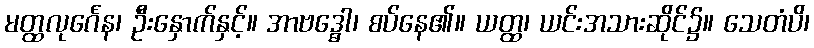
မတ္ထလုင်္ဂေန၊ ဦးနှောက်နှင့်။ အာဗဒ္ဓေါ၊ စပ်နေ၏။ ယတ္ထ၊ ယင်းအသားဆိုင်၌။ သေတံပိ၊